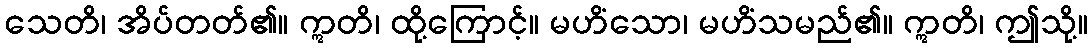
သေတိ၊ အိပ်တတ်၏။ ဣတိ၊ ထို့ကြောင့်။ မဟိံသော၊ မဟိံသမည်၏။ ဣတိ၊ ဤသို့။